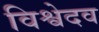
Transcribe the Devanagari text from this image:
विश्वेदव